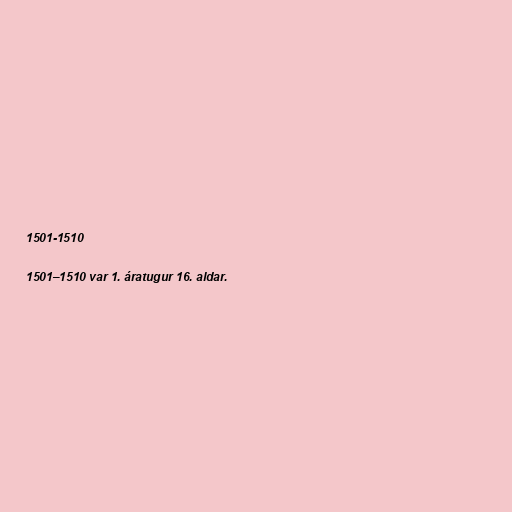
1501-1510

1501–1510 var 1. áratugur 16. aldar.